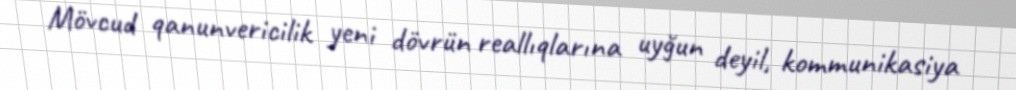
Mövcud qanunvericilik yeni dövrün reallıqlarına uyğun deyil, kommunikasiya